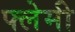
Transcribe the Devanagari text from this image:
फ्लेमी